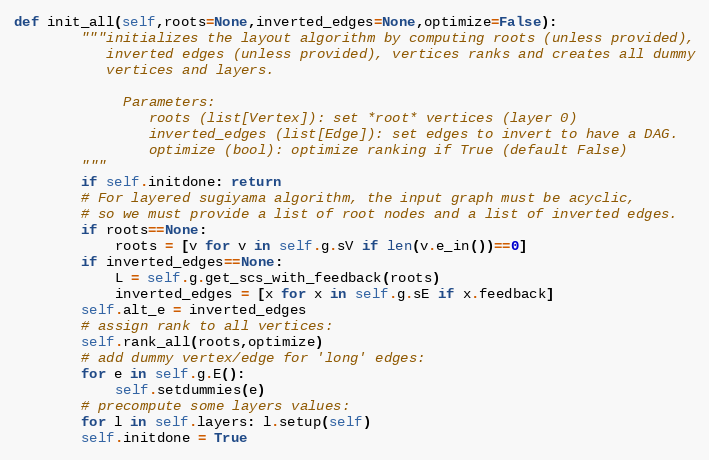
Language: Python
def init_all(self,roots=None,inverted_edges=None,optimize=False):
        """initializes the layout algorithm by computing roots (unless provided),
           inverted edges (unless provided), vertices ranks and creates all dummy
           vertices and layers.

             Parameters:
                roots (list[Vertex]): set *root* vertices (layer 0)
                inverted_edges (list[Edge]): set edges to invert to have a DAG.
                optimize (bool): optimize ranking if True (default False)
        """
        if self.initdone: return
        # For layered sugiyama algorithm, the input graph must be acyclic,
        # so we must provide a list of root nodes and a list of inverted edges.
        if roots==None:
            roots = [v for v in self.g.sV if len(v.e_in())==0]
        if inverted_edges==None:
            L = self.g.get_scs_with_feedback(roots)
            inverted_edges = [x for x in self.g.sE if x.feedback]
        self.alt_e = inverted_edges
        # assign rank to all vertices:
        self.rank_all(roots,optimize)
        # add dummy vertex/edge for 'long' edges:
        for e in self.g.E():
            self.setdummies(e)
        # precompute some layers values:
        for l in self.layers: l.setup(self)
        self.initdone = True